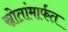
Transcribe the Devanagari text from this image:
स्रोतांमार्फत